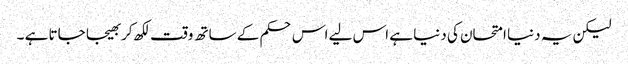
لیکن یہ دنیا امتحان کی دنیا ہے اس لیے اس حکم کے ساتھ وقت لکھ کر بھیجا جاتا ہے ۔